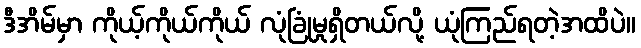
ဒီအိမ်မှာ ကိုယ့်ကိုယ်ကိုယ် လုံခြုံမှုရှိတယ်လို့ ယုံကြည်ရတဲ့အထိပဲ။